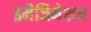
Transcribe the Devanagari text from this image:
इमैजिनेशन